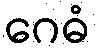
ဂေဓံ